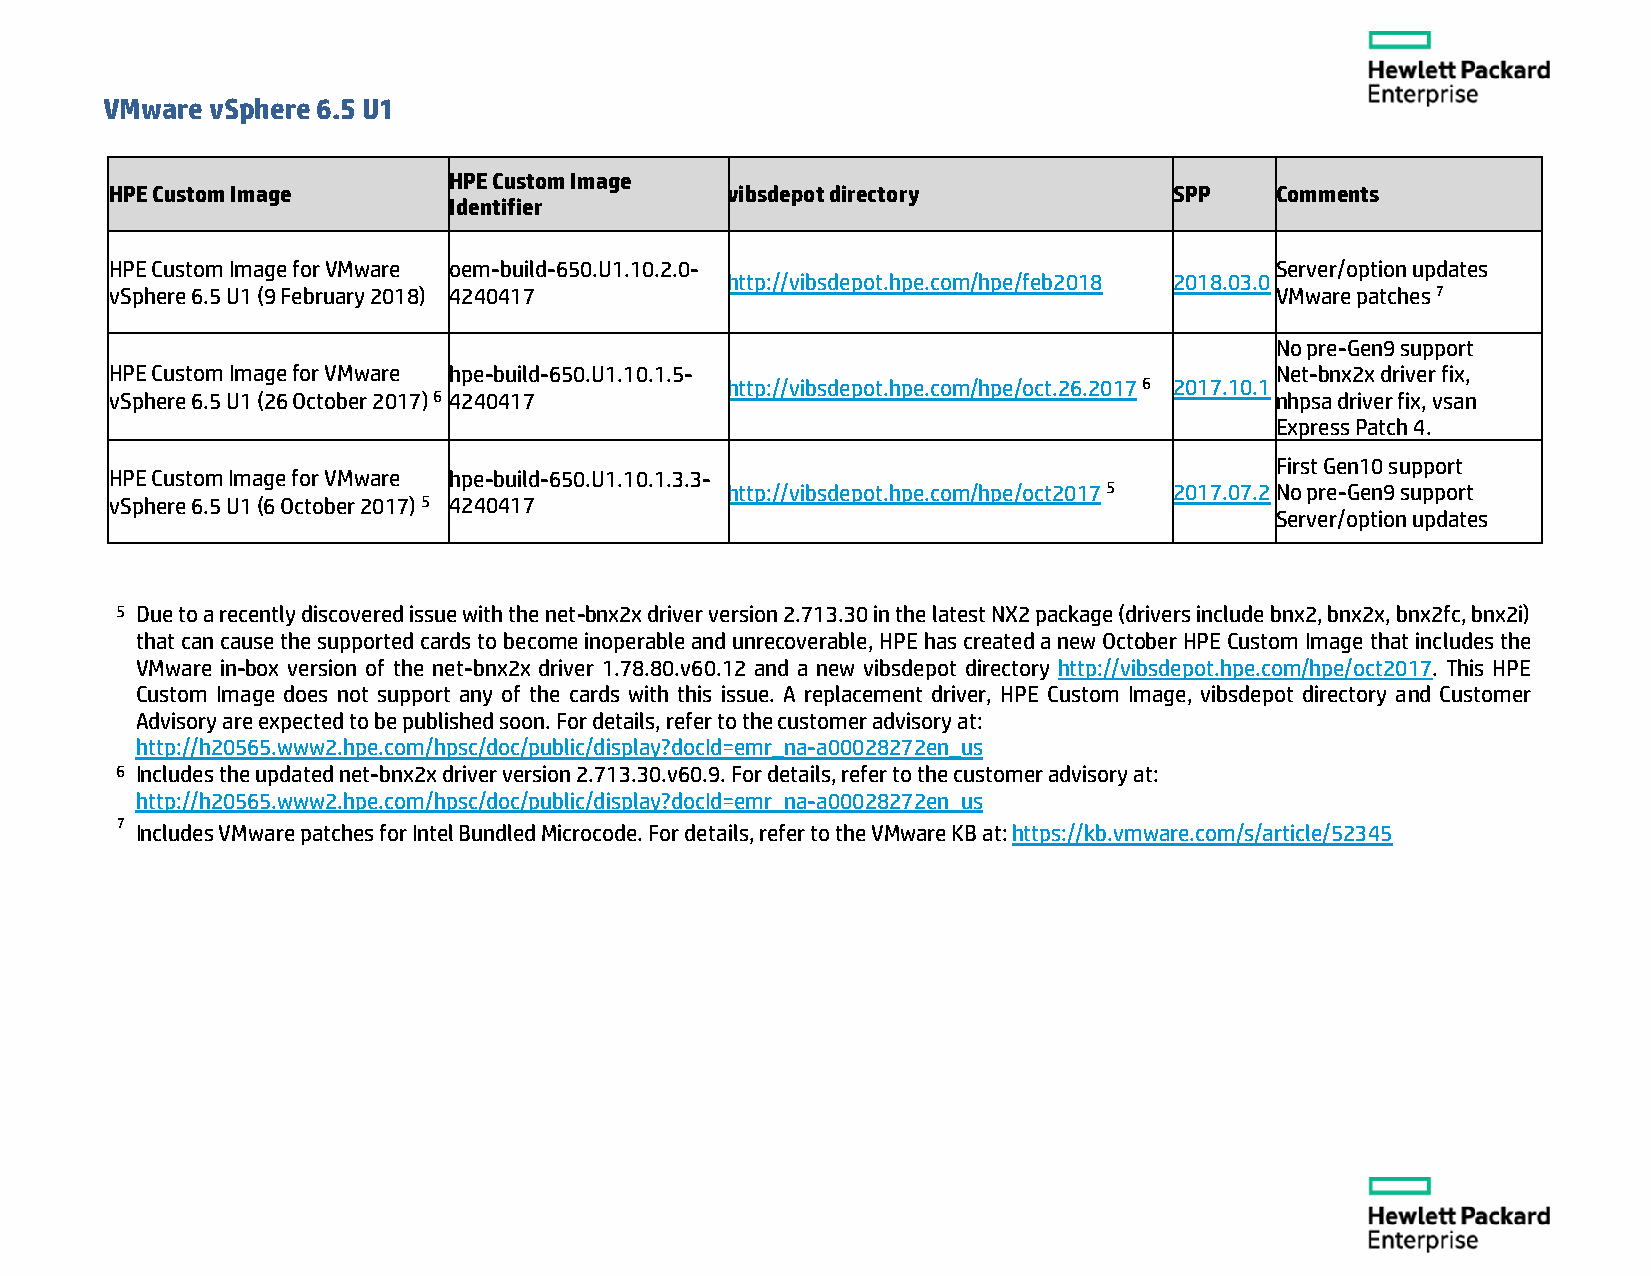
VMware vSphere 6.5 U1
 HPE Custom Image
 HPE Custom Image                         vibsdepot directory           SPP   Comments
 Identifier
 HPE Custom Image for VMware oem-build-650.U1.10.2.0-                         Server/option updates
 http://vibsdepot.hpe.com/hpe/feb2018 2018.03.0
 vSphere 6.5 U1 (9 February 2018) 4240417                                     VMware patches 7
 No pre-Gen9 support
 HPE Custom Image for VMware hpe-build-650.U1.10.1.5-                         Net-bnx2x driver fix,
 http://vibsdepot.hpe.com/hpe/oct.26.2017 6 2017.10.1
 vSphere 6.5 U1 (26 October 2017) 6 4240417                                   nhpsa driver fix, vsan
 Express Patch 4.
 First Gen10 support
 HPE Custom Image for VMware hpe-build-650.U1.10.1.3.3-
 http://vibsdepot.hpe.com/hpe/oct2017 5 2017.07.2 No pre-Gen9 support
 vSphere 6.5 U1 (6 October 2017) 5 4240417
 Server/option updates
 5 Due to a recently discovered issue with the net-bnx2x driver version 2.713.30 in the latest NX2 package (drivers include bnx2, bnx2x, bnx2fc, bnx2i)
 that can cause the supported cards to become inoperable and unrecoverable, HPE has created a new October HPE Custom Image that includes the
 VMware in-box version of the net-bnx2x driver 1.78.80.v60.12 and a new vibsdepot directory http://vibsdepot.hpe.com/hpe/oct2017. This HPE
 Custom Image does not support any of the cards with this issue. A replacement driver, HPE Custom Image, vibsdepot directory and Customer
 Advisory are expected to be published soon. For details, refer to the customer advisory at:
 http://h20565.www2.hpe.com/hpsc/doc/public/display?docId=emr_na-a00028272en_us
 6 Includes the updated net-bnx2x driver version 2.713.30.v60.9. For details, refer to the customer advisory at:
 http://h20565.www2.hpe.com/hpsc/doc/public/display?docId=emr_na-a00028272en_us
 7
 Includes VMware patches for Intel Bundled Microcode. For details, refer to the VMware KB at: https://kb.vmware.com/s/article/52345